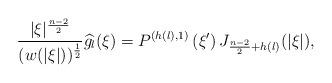
LaTeX: \begin{align*}\frac{|\xi|^{\frac{n-2}{2}}}{(w(|\xi|))^\frac{1}{2}}\widehat{g_l}(\xi)=P^{(h(l),1)}\left(\xi^\prime\right)J_{\frac{n-2}{2}+h(l)}(|\xi|),\end{align*}